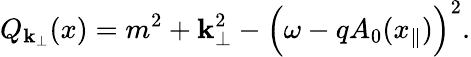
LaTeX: Q_{{\mathbf k}_{\perp}}(x)=m^{2}+{\mathbf k}_{\perp}^{2}-\Bigl(\omega-qA_{0}(x_{\parallel})\Bigr)^{2}.